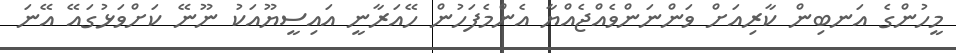
މީހުންގެ އަނބިން ކާރިއަށް ވަންނަންވެއްޖެއްޔާ އެންމެފަހުން ހޭއަރާނީ އައިސީޔޫއަކު ނޫނޭ ކަށްވަޅުގައޭ އޭނަ